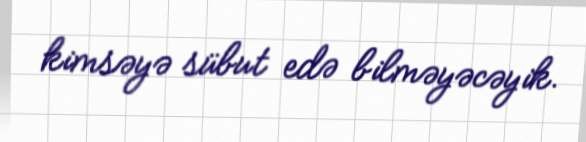
kimsəyə sübut edə bilməyəcəyik.